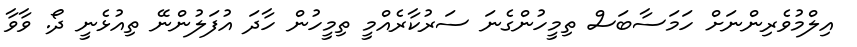
އިލްމުވެރިންނަށް ހަމަސާބަސް ތިމީހުންގެނަ ސަރުކާރެއްމީ ތިމީހުން ހާދަ އުފަލުންނޭ ތިއުޅެނީ ދޯ. ވާވާ